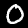
Digit: 0